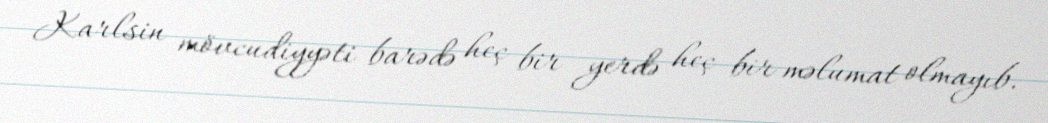
Karlsin mövcudiyyəti barədə heç bir yerdə heç bir məlumat olmayıb.